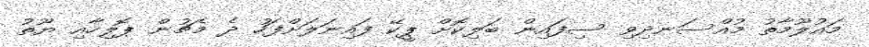
މައުލޫމާތު މުއްސަނދިވި ސިފައިން ބަލިކޮށް ޕީކޭ ފައިނަލަށްފަހު ދެ މެޗުން ޕޮލިހާއި ޔޫތު